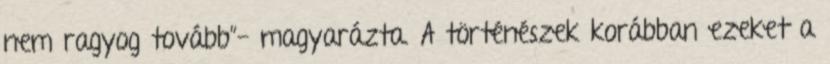
nem ragyog tovább”- magyarázta. A történészek korábban ezeket a